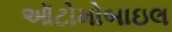
ઑટોમોબાઇલ